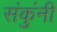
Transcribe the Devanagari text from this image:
संकुंनी